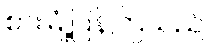
စားမြုံ့ပြန်ကြသည်။